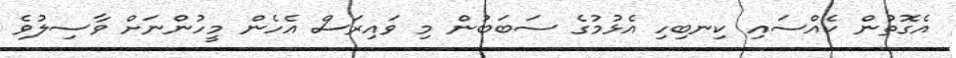
އެގޮތުން ކެއްސައި ކިނބިހި އެޅުމުގެ ސަބަބުން މި ވައިރަސް އެހެން މީހުންނަށް ވާސިލުވެ